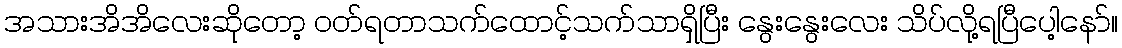
အသားအိအိလေးဆိုတော့ ဝတ်ရတာသက်ထောင့်သက်သာရှိပြီး နွေးနွေးလေး သိပ်လို့ရပြီပေါ့နော်။